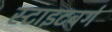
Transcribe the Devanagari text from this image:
स्टाइटबर्ग